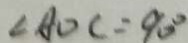
\angle A O C = 9 0 ^ { \circ }